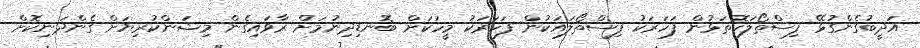
އަދީބުގެންގުޅޭ ފިސްތޯލަކޮތަޅުން ފަހަރަކު ފިސްތޯލައަކުން ފަހަރަކު މީހަކަށް ބޮނޑިދިނުމަށް ރާވައިގެން މިޝަންކުރިޔަށް ގެންދަނިކޮށް